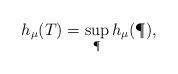
LaTeX: \begin{align*}h_\mu(T) = \sup_\P h_\mu(\P),\end{align*}